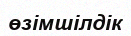
өзімшілдік